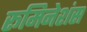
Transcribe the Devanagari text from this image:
रूमिनेशंस